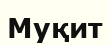
Муқит